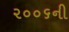
૨૦૦૬ની